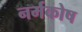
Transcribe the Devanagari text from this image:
नर्मकोष